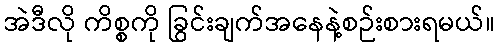
အဲဒီလို ကိစ္စကို ခြွင်းချက်အနေနဲ့စဉ်းစားရမယ်။